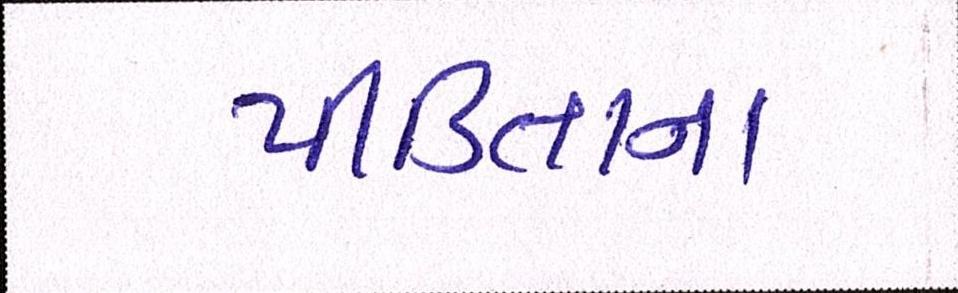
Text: પીડિતાના